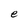
Character: e